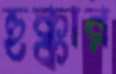
হুক্কার